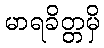
မာရခိတ္တမှိ